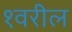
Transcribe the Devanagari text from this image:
१वरील